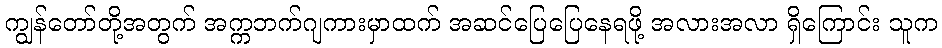
ကျွန်တော်တို့အတွက် အက္ကဘက်ဂျကားမှာထက် အဆင်ပြေပြေနေရဖို့ အလားအလာ ရှိကြောင်း သူက